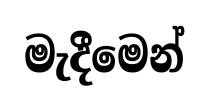
මැදීමෙන්